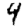
Digit: 4